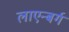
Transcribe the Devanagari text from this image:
लाएन्बर्ग